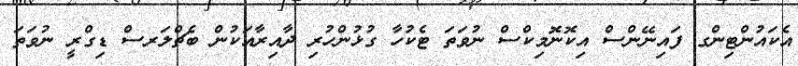
އެކައުންޓިންގ ފައިނޭންސް އިކޮނޮމިކްސް ނުވަތަ ޓެކުހާ ގުޅުންހުރި ދާއިރާއަކުން ބެޗްލަރސް ޑިގްރީ ނުވަތަ